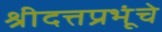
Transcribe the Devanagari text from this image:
श्रीदत्तप्रभूंचे